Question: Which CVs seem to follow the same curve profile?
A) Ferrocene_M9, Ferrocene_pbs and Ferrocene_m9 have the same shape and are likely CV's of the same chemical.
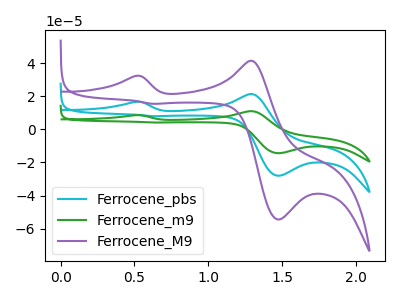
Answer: <think>The cyan curve "Ferrocene_pbs" has anodic peaks at (0.50V, 16.60uA) (1.30V, 21.30uA) and cathodic peaks at (1.45V, -28.00uA) (0.60V, 7.95uA). The green curve "Ferrocene_m9" has anodic peaks at (0.50V, 33.15uA) (1.30V, 42.55uA) and cathodic peaks at (1.45V, -56.00uA) (0.60V, 15.85uA). The purple curve "Ferrocene_M9" has anodic peaks at (0.50V, 32.20uA) (1.30V, 41.35uA) and cathodic peaks at (1.45V, -54.40uA) (0.60V, 15.40uA).
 All the peaks in "Ferrocene_pbs" have a peak in "Ferrocene_m9" at the same potential. All the peaks in "Ferrocene_pbs" have a peak in "Ferrocene_M9" at the same potential. All the peaks in "Ferrocene_m9" have a peak in "Ferrocene_M9" at the same potential.</think>
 <answer>A) "Ferrocene_M9", "Ferrocene_pbs" and "Ferrocene_m9" have the same shape and are likely CV's of the same chemical.</answer>
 <eval>A</eval>